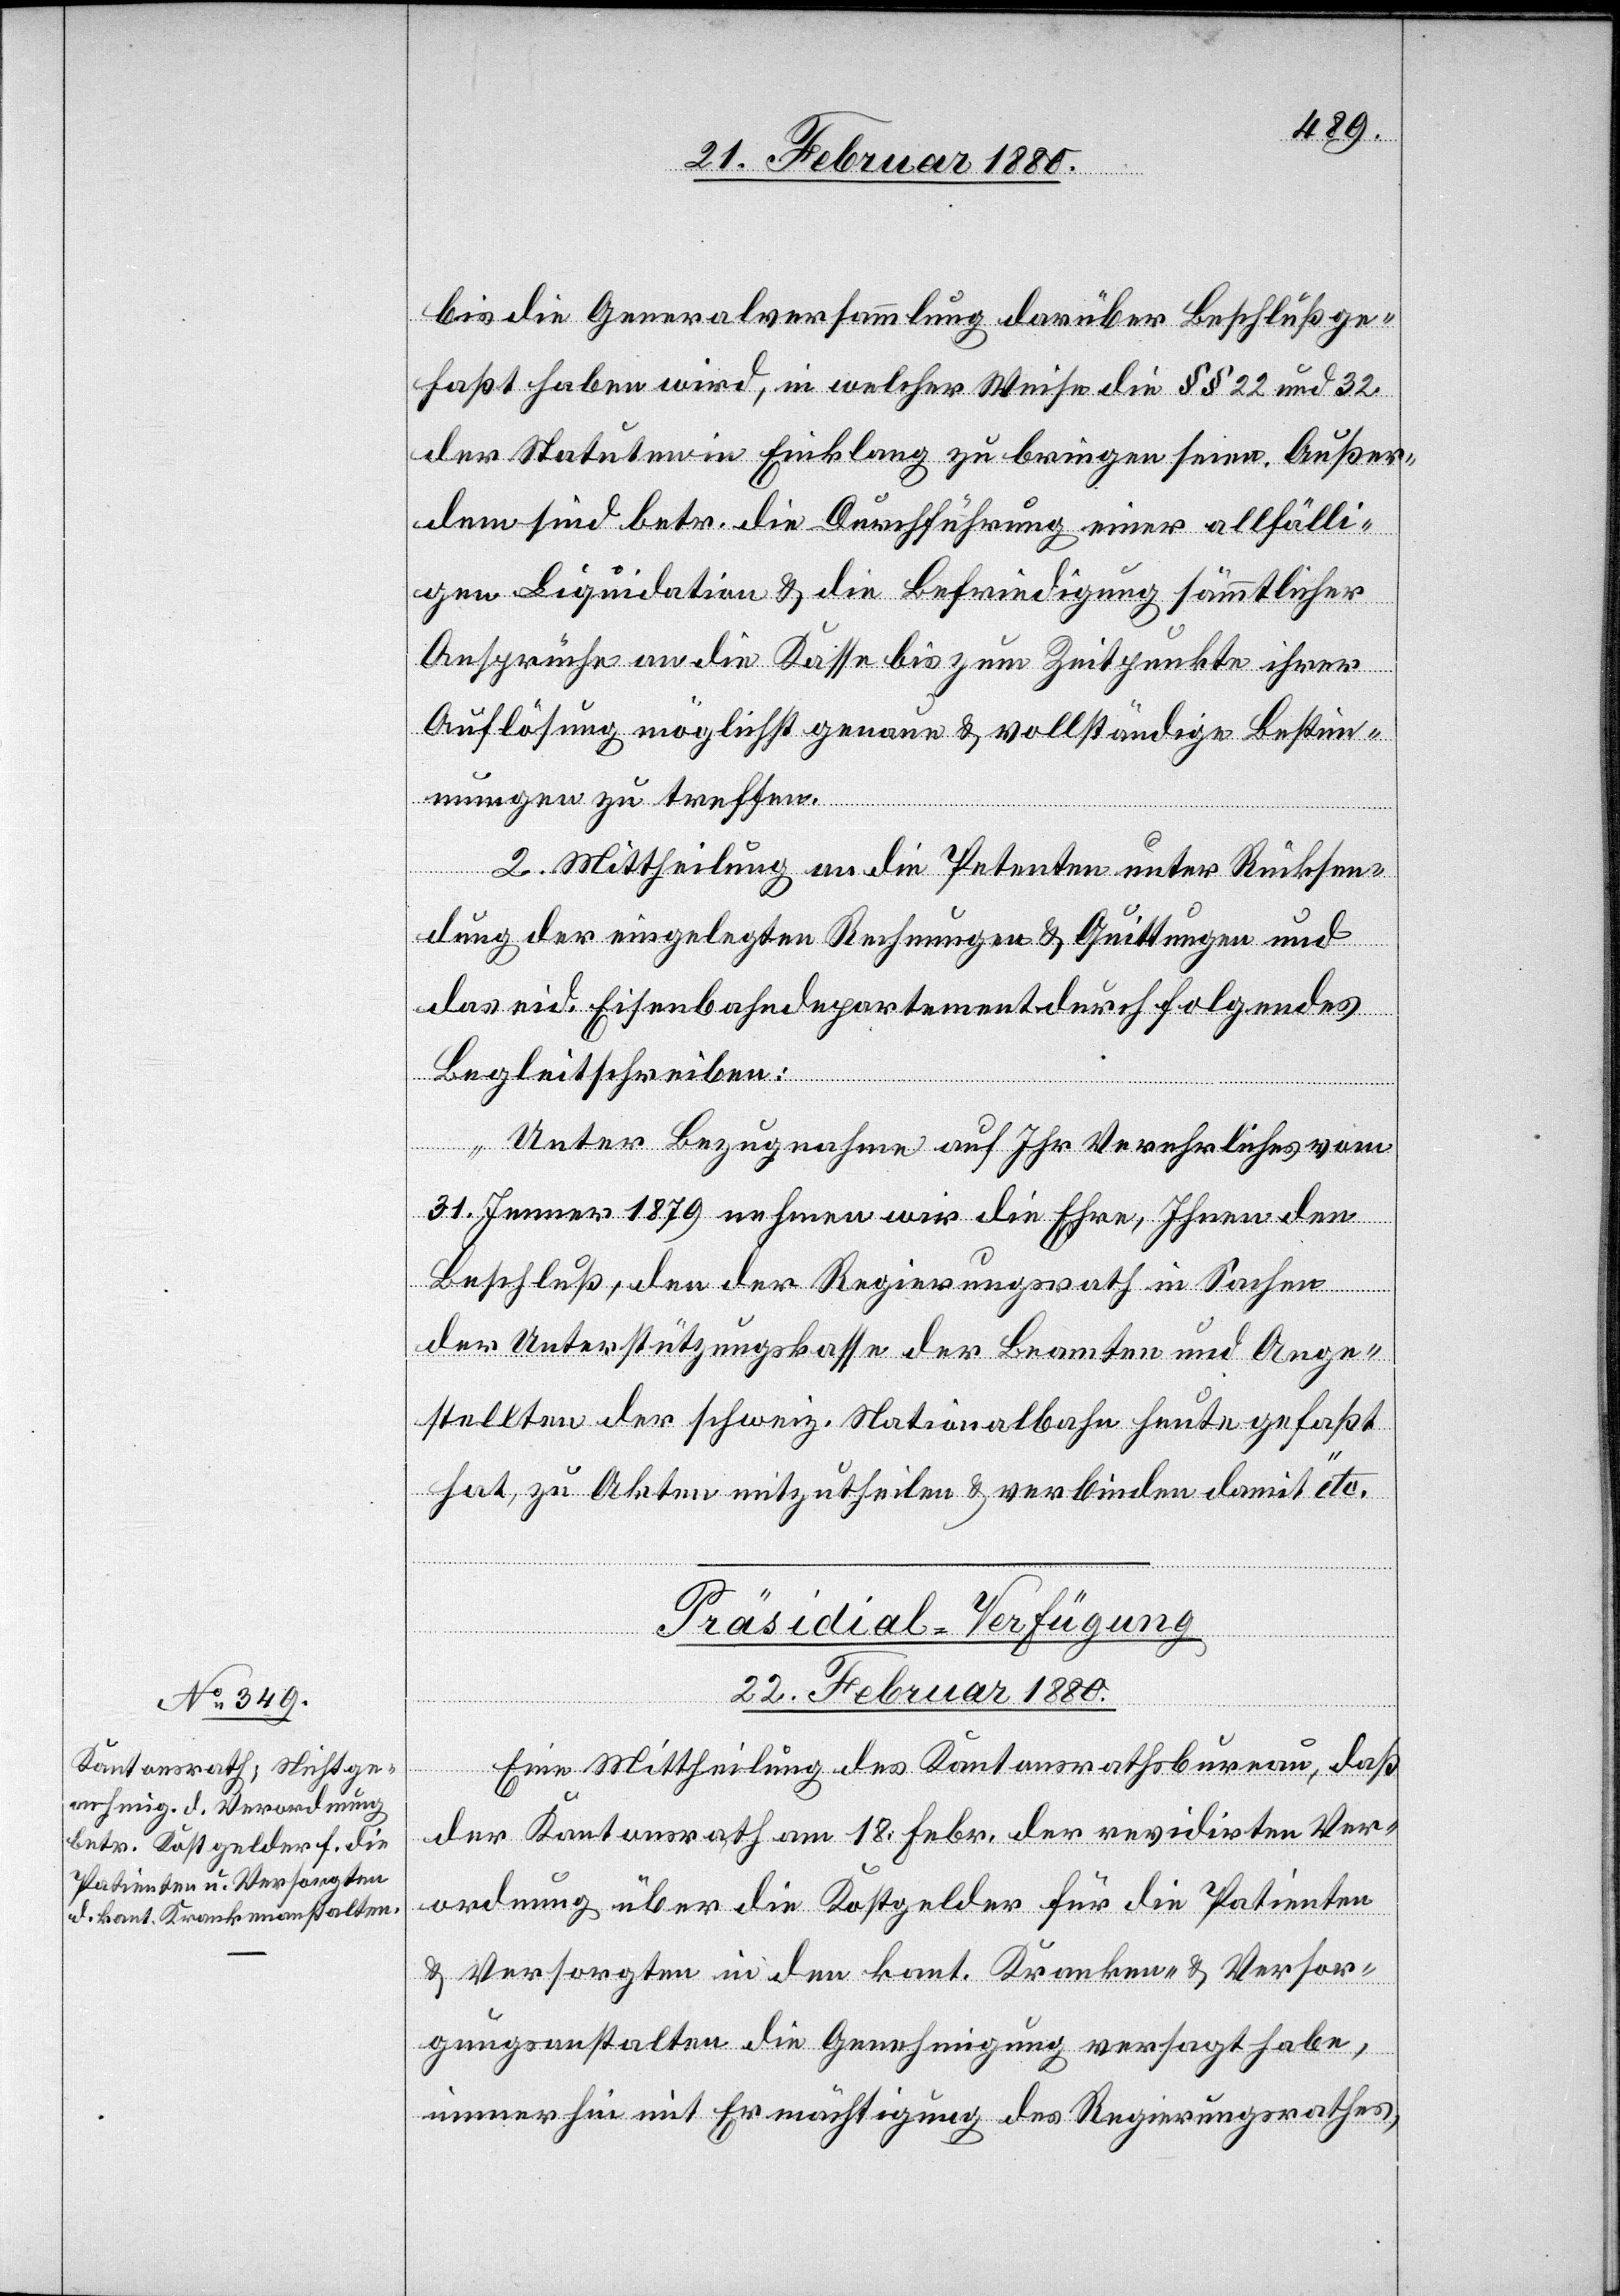
bis die Generalversammlung darüber Beschluß ge¬
faßt haben wird, in welcher Weise die §§ 22 und 32
der Statuten in Einklang zu bringen seien. Außer¬
dem sind betr. die Durchführung einer allfälli¬
gen Liquidation & die Befriedigung sämmtlicher
Ansprüche an die Kasse bis zum Zeitpunkte ihrer
Auflösung möglichst genaue & vollständige Bestim¬
mungen zu treffen.
2. Mittheilung an die Petenten unter Rücksen¬
dung der eingelegten Rechnungen & Quittungen und
das eid. Eisenbahndepartement durch folgendes
Begleitschreiben:
„Unter Bezugnahme auf Ihr Verehrliches vom
31. Jenner 1879 nehmen wir die Ehre, Ihnen den
Beschluß, den der Regierungsrath in Sachen
der Unterstützungskasse der Beamten und Ange¬
stellten der schweiz. Nationalbahn heute gefaßt
hat, zu Akten mitzutheilen & verbinden damit“ etc.
Präsidial-Verfügung
22. Februar 1880.
Eine Mittheilung des Kantonsrathsbureau, daß
der Kantonsrath am 18. Febr. der revidirten Ver¬
ordnung über die Kostgelder für die Patienten
& Versorgten in den kant. Kranken- & Versor¬
gungsanstalten die Genehmigung versagt habe,
immerhin mit Ermächtigung des Regierungsrathes,